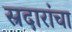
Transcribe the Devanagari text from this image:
स्रदारांचा